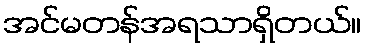
အင်မတန်အရသာရှိတယ်။